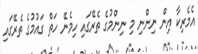
އެމެރިކާ އިން ނިންނި މި ނިންމުގެ ތެރޭގައި ހިމެނޭ ހަތް ގައުމުގެ ތެރޭގައި